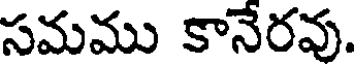
సమము కానేరవు.